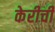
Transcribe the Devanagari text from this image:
केरीची